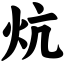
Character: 炕